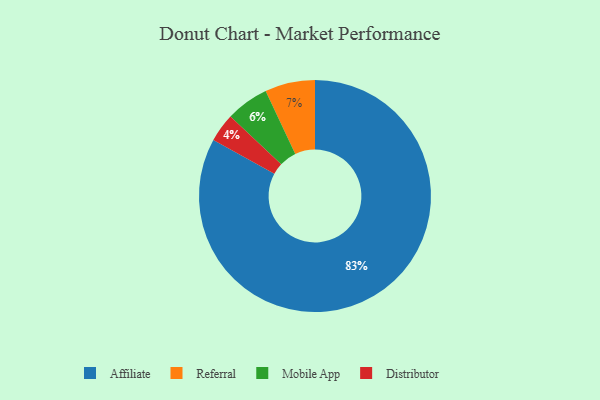
{"axis": {"x": "Category", "y": "Percentage"}, "legend": ["Affiliate", "Distributor", "Mobile App", "Referral"], "data": [{"x": "Distributor", "y": 4, "type": "Distributor"}, {"x": "Referral", "y": 7, "type": "Referral"}, {"x": "Mobile App", "y": 6, "type": "Mobile App"}, {"x": "Affiliate", "y": 83, "type": "Affiliate"}]}